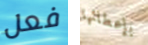
فعل بإعطائها